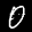
Label: 0